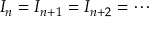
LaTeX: I _ { n } = I _ { n + 1 } = I _ { n + 2 } = \cdots